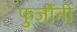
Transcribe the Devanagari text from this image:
फुजींनी